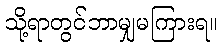
သို့ရာတွင်ဘာမျှမကြားရ။